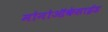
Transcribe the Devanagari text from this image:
मोनोऑकेसाईड